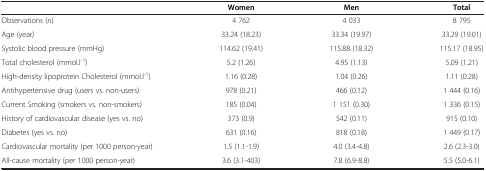
<table><thead><tr><td><b> </b></td><td><b>Women</b></td><td><b>Men</b></td><td><b>Total</b></td></tr></thead><tbody><tr><td>Observations (n)</td><td>4 762</td><td>4 033</td><td>8 795</td></tr><tr><td>Age (year)</td><td>33.24 (18.23)</td><td>33.34 (19.97)</td><td>33.29 (19.01)</td></tr><tr><td>Systolic blood pressure (mmHg)</td><td>114.62 (19.41)</td><td>115.88 (18.32)</td><td>115.17 (18.95)</td></tr><tr><td>Total cholesterol (mmol.l<sup>-1</sup>)</td><td>5.2 (1.26)</td><td>4.95 (1.13)</td><td>5.09 (1.21)</td></tr><tr><td>High-density lipoprotein Cholesterol (mmol.l<sup>-1</sup>)</td><td>1.16 (0.28)</td><td>1.04 (0.26)</td><td>1.11 (0.28)</td></tr><tr><td>Antihypertensive drug (users vs. non-users)</td><td>978 (0.21)</td><td>466 (0.12)</td><td>1 444 (0.16)</td></tr><tr><td>Current Smoking (smokers vs. non-smokers)</td><td>185 (0.04)</td><td>1 151 (0.30)</td><td>1 336 (0.15)</td></tr><tr><td>History of cardiovascular disease (yes vs. no)</td><td>373 (0.9)</td><td>542 (0.11)</td><td>915 (0.10)</td></tr><tr><td>Diabetes (yes vs. no)</td><td>631 (0.16)</td><td>818 (0.18)</td><td>1 449 (0.17)</td></tr><tr><td>Cardiovascular mortality (per 1000 person-year)</td><td>1.5 (1.1-1.9)</td><td>4.0 (3.4-4.8)</td><td>2.6 (2.3-3.0)</td></tr><tr><td>All-cause mortality (per 1000 person-year)</td><td>3.6 (3.1-403)</td><td>7.8 (6.9-8.8)</td><td>5.5 (5.0-6.1)</td></tr></tbody></table>